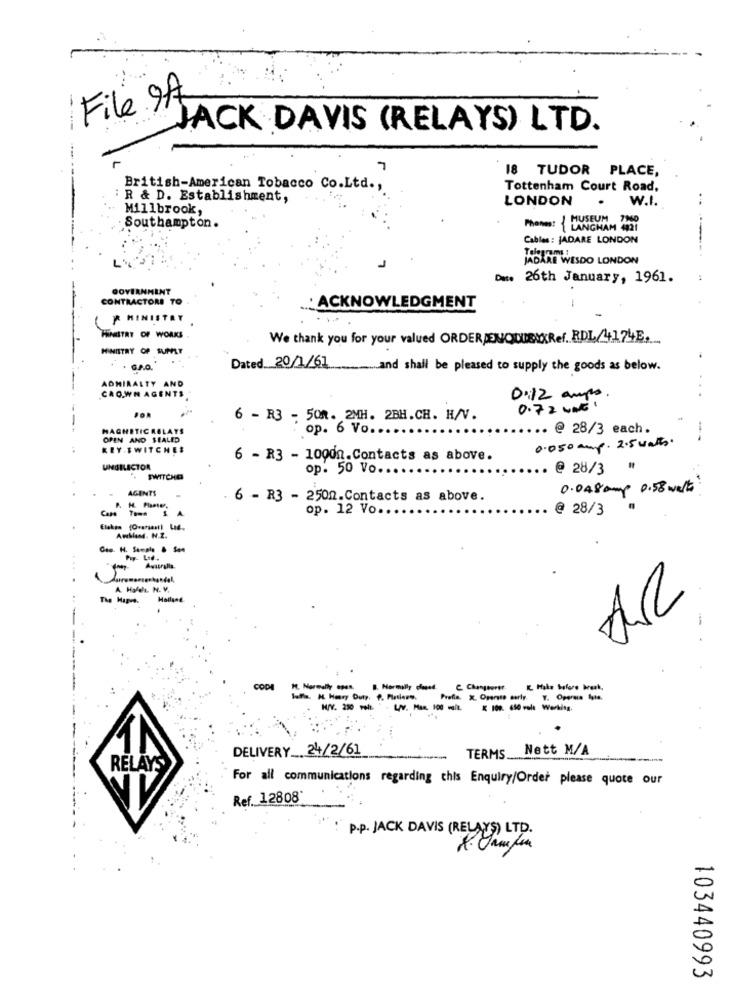
File 9A
JACK DAVIS (RELAYS) LTD.
18 TUDOR PLACE,
British-American Tobacco Co.Ltd .,
Tottenham Court Road,
-
i R & D. Establishment,
LONDON
.
W.I.
Millbrook,
Phones: 1 MUSEUM
Southampton.
Cables: JADARE LONDON
MADARE WESDO LONDON
Du. 26th January, 1961.
GOVERNMENT
CONTRACTORI TO
: ACKNOWLEDGMENT
MINIST
HINITAT OF WORKS
We thank you for your valued ORDERDENOUEIXRef. RDL/4174E.
MINISTRY OF SUMLT
G.A.O.
Dated 20/1/61 ............. and shall be pleased to supply the goods as below.
CAOWN AGENTS
ADMIRALTY AND
0:12 amys
0.7 2 UNE.
POR
6 - R3 - 501. 2MH. 2BH.CH. H/V.
MAGNETICRELAYS
op. 6 Vo ...
.. @ 28/3 each.
OPEN AND SEALED
0.050 amp. 2.5 watts
KEY SWITCHES
6 - R3 - 10000.Contacts as above.
UNGILECTOR
op. 50 Vo.
@ 28/3
SWITCHD
AGENTS
0.048amp 0.58 welt
6 - R3 - 2502.Contacts as above.
op. 12 Vo ...
@ 28/3
Elaksa (Ovarian) Lid,
AwMand. N.2.
Avatralla.
A. Hofdla. N. V.
The Hapre.
Holland
AR
CODI
1. Normally open. B. Normally dend. C. Changeertr.
1. Nareally open.
Soffia. H. Henry Duty. P. Pintiery.
Prefia. X. Opento early. T. Operare Işte.
LV. Mas. 100 walt.
DELIVERY .. 24/2/61
TERMS Nett M/A
RELAYS
For all communications regarding chis Enquiry/Order please quote our
Ref. 12808*
: P.p. JACK DAVIS (RELAYS) LTD.
103440993